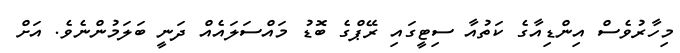
މިހާރުވެސް އިންޑިއާގެ ކަތުއާ ސިޓީގައި ރޭޕްގެ ބޮޑު މައްސަަލައެއް ދަނީ ބަލަމުންނެެވެ. އަށް